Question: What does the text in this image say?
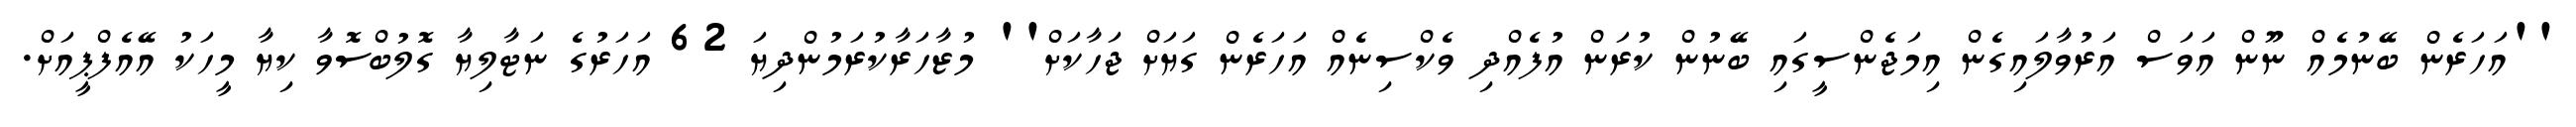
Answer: ''އަހަރެން ބޭނުމެއް ނޫން އަވަސް އަރުވާލައިގެން އިމަޖެންސީގައި ބޭނުން ކުރަން އުފެއްދި ވެކްސިނެއް އަހަރެން ގަޔަށް ޖަހާކަށް'' މުޒާހަރާކުރަމުންދިޔަ 62 އަހަރުގެ ނަޓާލިޔާ ގޮލުބްސޮވާ ކިޔާ މީހަކު އޭއެފްޕީއަށް.